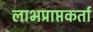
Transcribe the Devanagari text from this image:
लाभप्राप्तकर्ता